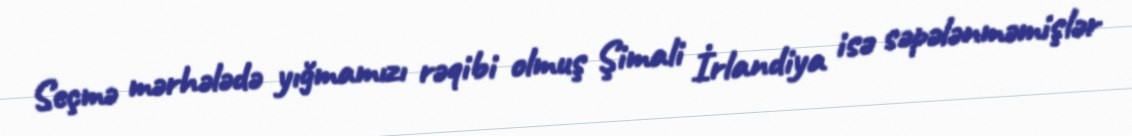
Seçmə mərhələdə yığmamızı rəqibi olmuş Şimali İrlandiya isə səpələnməmişlər